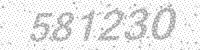
Solution: 581230